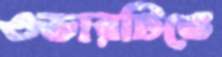
ওভারটিতে